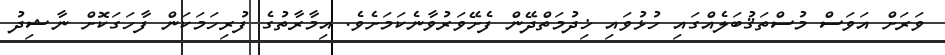
ވަރަށް އަވަސް މުސްތަޤުބަލެއްގައި ހުޅުވައި ޚިދުމަތްދޭން ފެށޭވަރުވާނެކަމަށެވެ. އިމާރާތުގެ ފުރިހަމަކަން ފާހަގަކޮށް ނާޝިދު